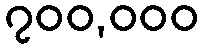
၇၀၀,၀၀၀